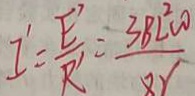
I ^ { \prime } = \frac { E _ { 1 } ^ { 1 } } { R ^ { 1 } } = \frac { 3 8 2 0 ^ { 2 } c 0 } { 8 r }